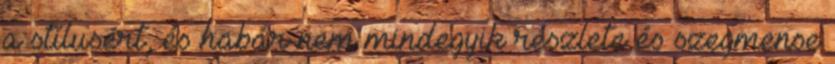
a stílusért, és habár nem mindegyik részlete és szegmense